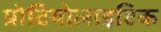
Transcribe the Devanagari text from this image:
प्रोटियोलाइटिक